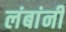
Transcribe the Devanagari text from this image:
लंबांनी